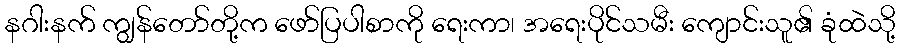
နဂါးနက် ကျွန်တော်တို့က ဖော်ပြပါစာကို ရေးကာ၊ အရေးပိုင်သမီး ကျောင်းသူ၏ ခုံထဲသို့